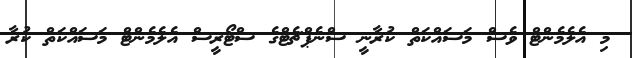
މި އެލެމެންޓް ވެސް މަސައްކަތް ކުރާނީ ސްނެޕްޗެޓްގެ ސްޓޯރީސް އެލެމެންޓް މަސައްކަތް ކުރާ